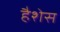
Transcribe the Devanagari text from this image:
हैशेस